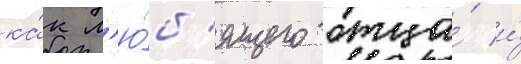
ка́к л'ю́б'ящего отца́ и́